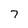
Character: 7